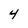
Character: 4